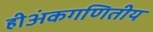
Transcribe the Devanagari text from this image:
हीअंकगणितीय